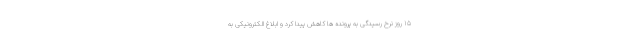
۱۵ روز نرخ رسیدگی به پرونده ها کاهش پیدا کرد و ابلاغ الکترونیکی به